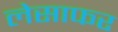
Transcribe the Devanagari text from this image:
लेसाफर